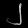
Digit: ၂